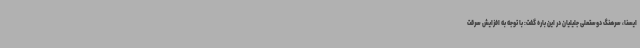
ایسنا، سرهنگ دوستعلی جلیلیان در این باره گفت: با توجه به افزایش سرقت